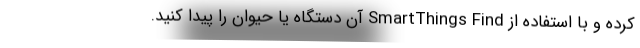
کرده و با استفاده از SmartThings Find آن دستگاه یا حیوان را پیدا کنید.